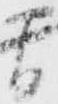
間